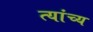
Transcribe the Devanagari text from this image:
त्यांच्य